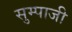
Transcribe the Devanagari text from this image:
सुम्पाजी